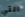
التي